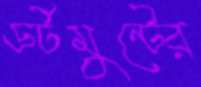
ডর্টমুন্টের